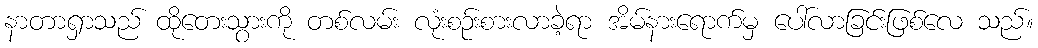
နာတာရှာသည် ထိုတေးသွားကို တစ်လမ်း လုံးစဉ်းစားလာခဲ့ရာ အိမ်နားရောက်မှ ပေါ်လာခြင်းဖြစ်လေ သည်။